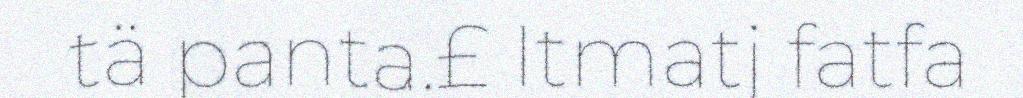
tä panta.£ Itmatj fatfa